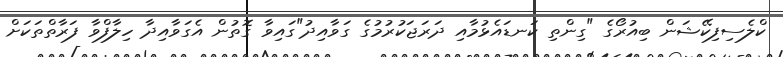
ކްލެސިފިކޭޝަން ބިއުރޯގެ "ގިންތި ކަނޑައެޅުމާއި ދަރަޖަކުރުމުގެ ގަވާއިދު"ގައިވާ ގޮތުން އެގަވާއިދާ ހިލާފްވާ ފަރާތްތަކަށް